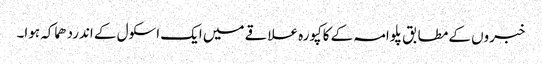
خبروں کے مطابق پلوامہ کے کاکپورہ علاقے میں ایک اسکول کے اندردھماکہ ہوا۔